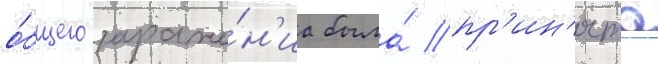
о́бщего зараже́н'иа была́ пр'ин'ята